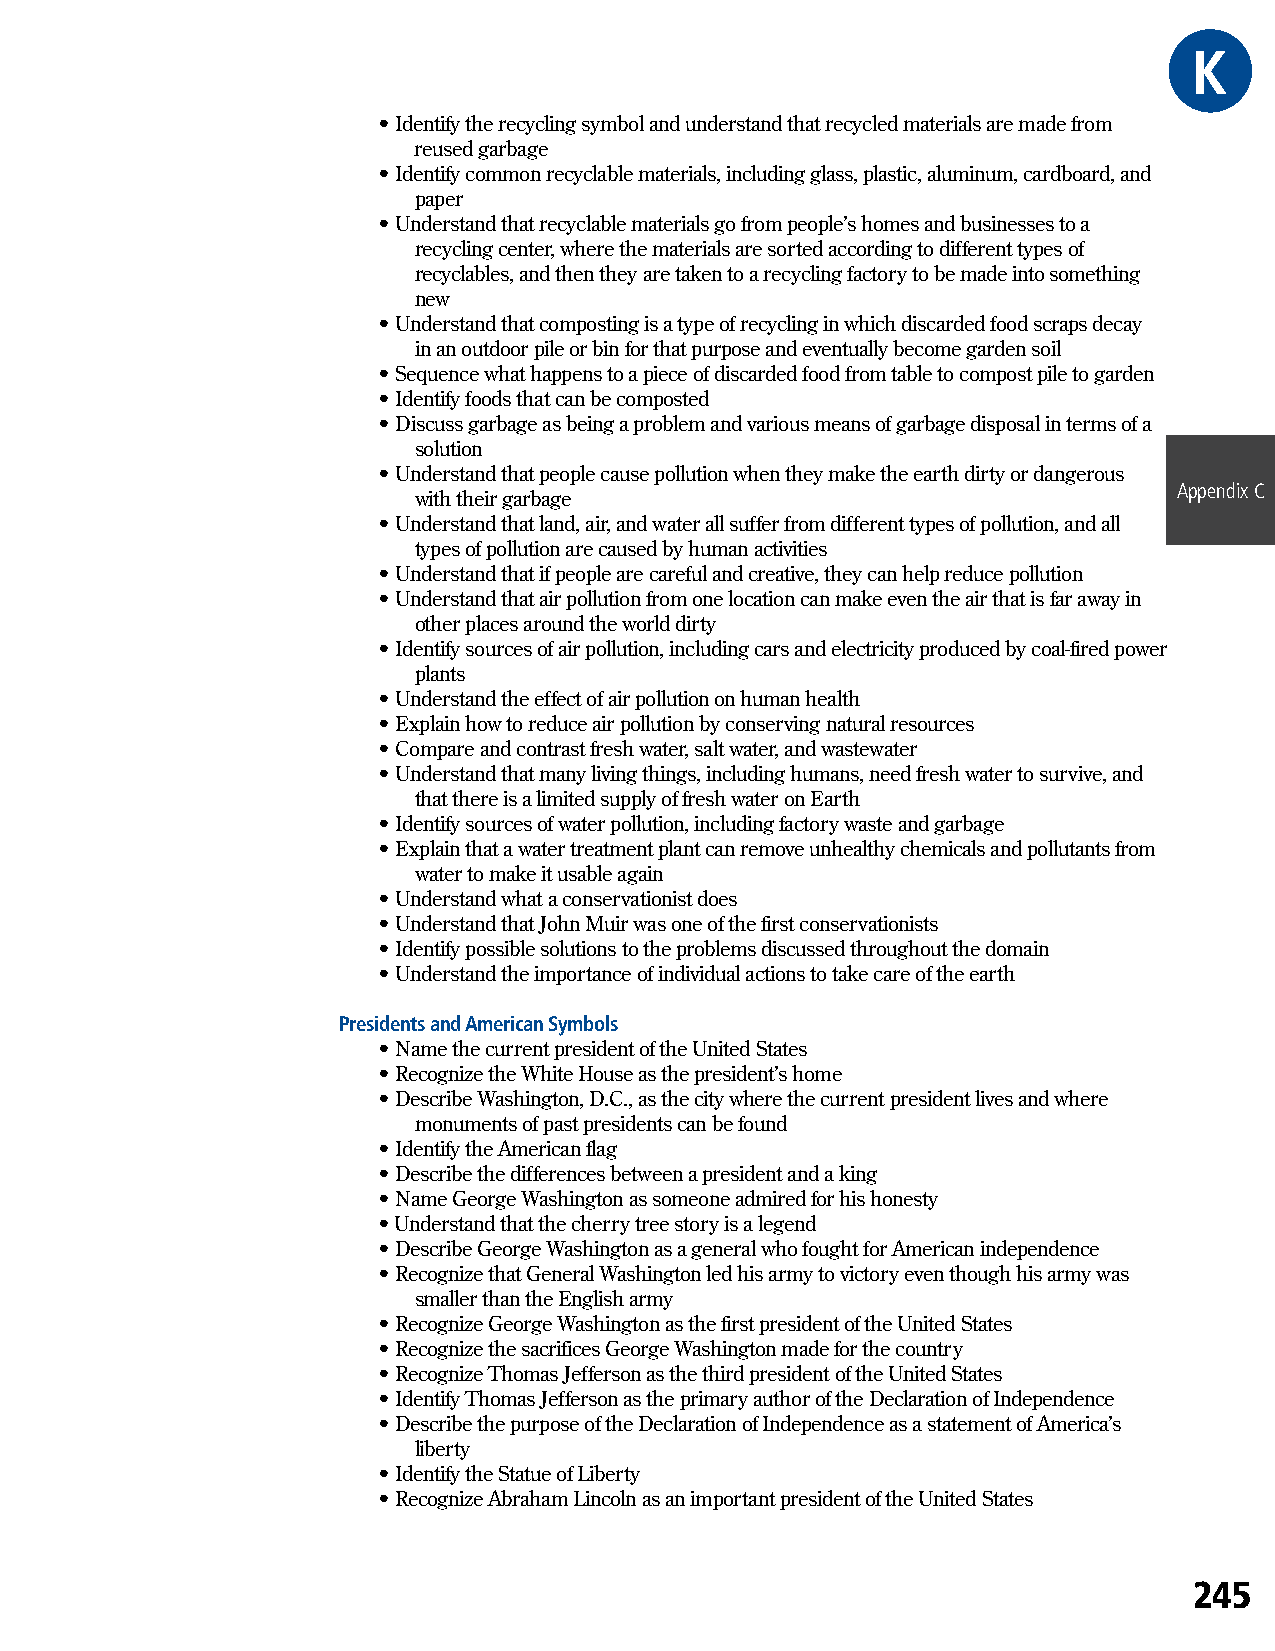
KGRE
 • Identify the recycling symbol and understand that recycled materials are made from
 reused garbage
 • Identify common recyclable materials, including glass, plastic, aluminum, cardboard, and
 paper
 • Understand that recyclable materials go from people’s homes and businesses to a
 recycling center, where the materials are sorted according to different types of
 recyclables, and then they are taken to a recycling factory to be made into something
 new
 • Understand that composting is a type of recycling in which discarded food scraps decay
 in an outdoor pile or bin for that purpose and eventually become garden soil
 • Sequence what happens to a piece of discarded food from table to compost pile to garden
 • Identify foods that can be composted
 • Discuss garbage as being a problem and various means of garbage disposal in terms of a
 solution
 • Understand that people cause pollution when they make the earth dirty or dangerous
 Appendix C
 with their garbage
 • Understand that land, air, and water all suffer from different types of pollution, and all
 types of pollution are caused by human activities
 • Understand that if people are careful and creative, they can help reduce pollution
 • Understand that air pollution from one location can make even the air that is far away in
 other places around the world dirty
 • Identify sources of air pollution, including cars and electricity produced by coal-fired power
 plants
 • Understand the effect of air pollution on human health
 • Explain how to reduce air pollution by conserving natural resources
 • Compare and contrast fresh water, salt water, and wastewater
 • Understand that many living things, including humans, need fresh water to survive, and
 that there is a limited supply of fresh water on Earth
 • Identify sources of water pollution, including factory waste and garbage
 • Explain that a water treatment plant can remove unhealthy chemicals and pollutants from
 water to make it usable again
 • Understand what a conservationist does
 • Understand that John Muir was one of the first conservationists
 • Identify possible solutions to the problems discussed throughout the domain
 • Understand the importance of individual actions to take care of the earth
 Presidents and American Symbols
 • Name the current president of the United States
 • Recognize the White House as the president’s home
 • Describe Washington, D.C., as the city where the current president lives and where
 monuments of past presidents can be found
 • Identify the American flag
 • Describe the differences between a president and a king
 • Name George Washington as someone admired for his honesty
 • Understand that the cherry tree story is a legend
 • Describe George Washington as a general who fought for American independence
 • Recognize that General Washington led his army to victory even though his army was
 smaller than the English army
 • Recognize George Washington as the first president of the United States
 • Recognize the sacrifices George Washington made for the country
 • Recognize Thomas Jefferson as the third president of the United States
 • Identify Thomas Jefferson as the primary author of the Declaration of Independence
 • Describe the purpose of the Declaration of Independence as a statement of America’s
 liberty
 • Identify the Statue of Liberty
 • Recognize Abraham Lincoln as an important president of the United States
 245